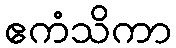
ဧကံသိကာ